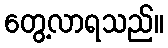
တွေ့လာရသည်။